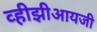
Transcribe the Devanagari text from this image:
व्हीझीआयजी